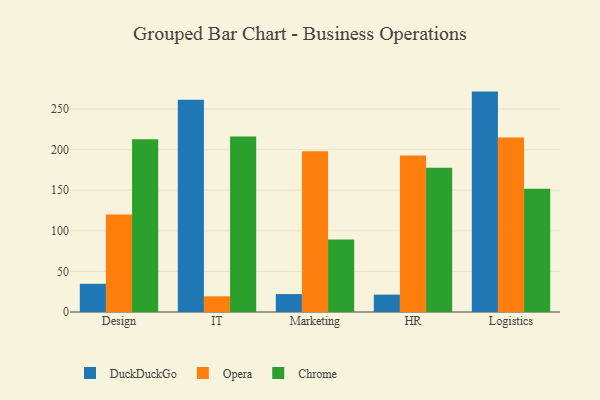
{"axis": {"x": "Department", "y": "Demand Index"}, "legend": ["Chrome", "DuckDuckGo", "Opera"], "data": [{"x": "Design", "y": 34.7, "type": "DuckDuckGo"}, {"x": "Design", "y": 120.2, "type": "Opera"}, {"x": "Design", "y": 212.7, "type": "Chrome"}, {"x": "IT", "y": 261.4, "type": "DuckDuckGo"}, {"x": "IT", "y": 19.3, "type": "Opera"}, {"x": "IT", "y": 216.3, "type": "Chrome"}, {"x": "Marketing", "y": 22.1, "type": "DuckDuckGo"}, {"x": "Marketing", "y": 197.9, "type": "Opera"}, {"x": "Marketing", "y": 89.2, "type": "Chrome"}, {"x": "HR", "y": 21.4, "type": "DuckDuckGo"}, {"x": "HR", "y": 192.8, "type": "Opera"}, {"x": "HR", "y": 177.8, "type": "Chrome"}, {"x": "Logistics", "y": 271.5, "type": "DuckDuckGo"}, {"x": "Logistics", "y": 215.1, "type": "Opera"}, {"x": "Logistics", "y": 151.8, "type": "Chrome"}]}